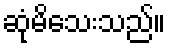
ဆုံမိသေးသည်။